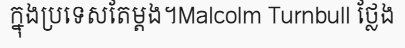
ក្នុងប្រទេសតែម្តង។Malcolm Turnbull ថ្លែង